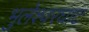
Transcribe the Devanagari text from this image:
भुलेश्वरघाट